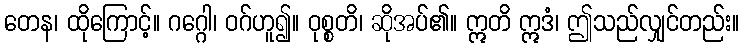
တေန၊ ထိုကြောင့်။ ဂဂ္ဂေါ၊ ဝဂ်ဟူ၍။ ဝုစ္စတိ၊ ဆိုအပ်၏။ ဣတိ ဣဒံ၊ ဤသည်လျှင်တည်း။